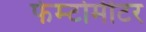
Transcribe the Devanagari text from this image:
फेम्टोमीटर